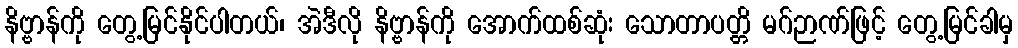
နိဗ္ဗာန်ကို တွေ့မြင်နိုင်ပါတယ်၊ အဲဒီလို နိဗ္ဗာန်ကို အောက်ထစ်ဆုံး သောတာပတ္တိ မဂ်ဉာဏ်ဖြင့် တွေ့မြင်ခါမှ